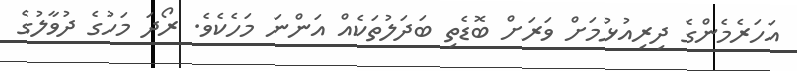
އަހަރެމެންގެ ދިރިއުޅުމަށް ވަރަށް ބޮޑެތި ބަދަލުތަކެއް އަންނަ މަހެކެވެ. ރޯދަ މަހުގެ ދުވާލުގެ